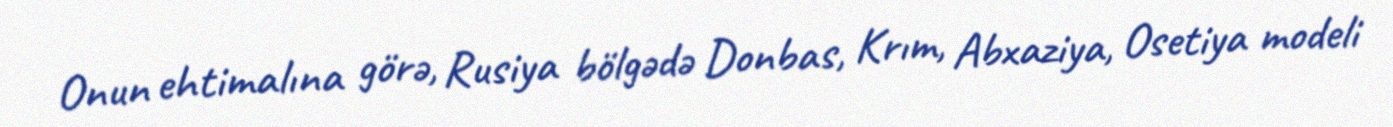
Onun ehtimalına görə, Rusiya bölgədə Donbas, Krım, Abxaziya, Osetiya modeli